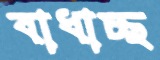
বাধাচ্ছ